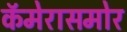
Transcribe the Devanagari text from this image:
कॅमेरासमोर